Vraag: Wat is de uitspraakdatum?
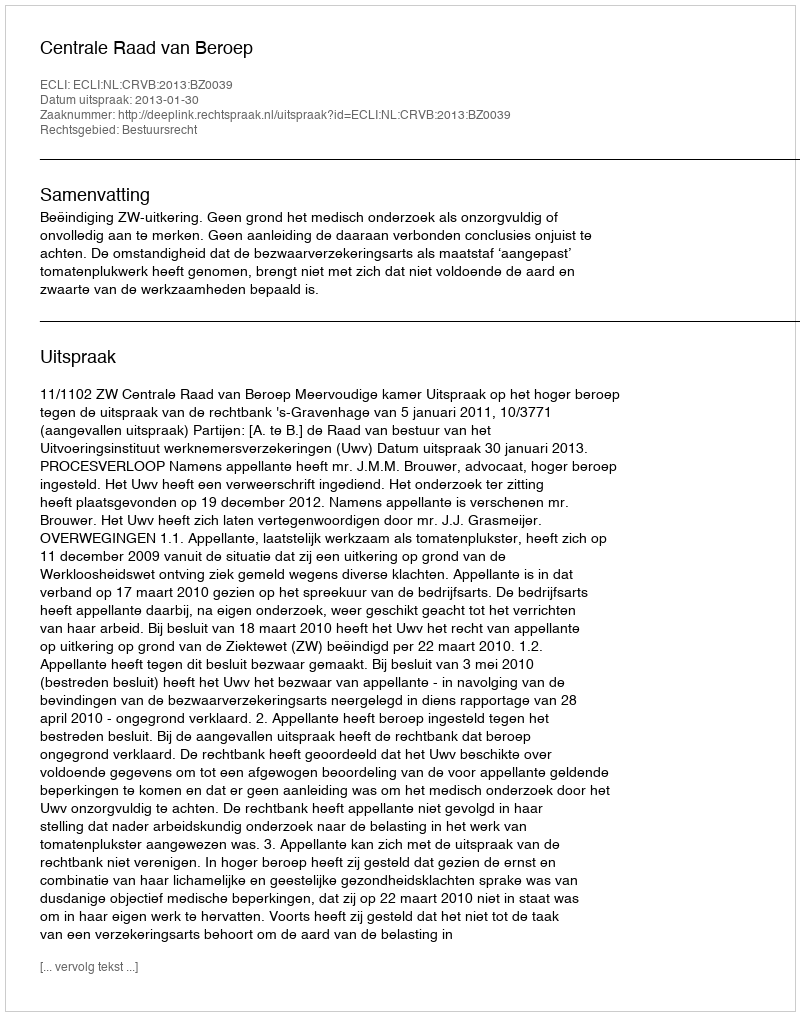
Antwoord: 2013-01-30